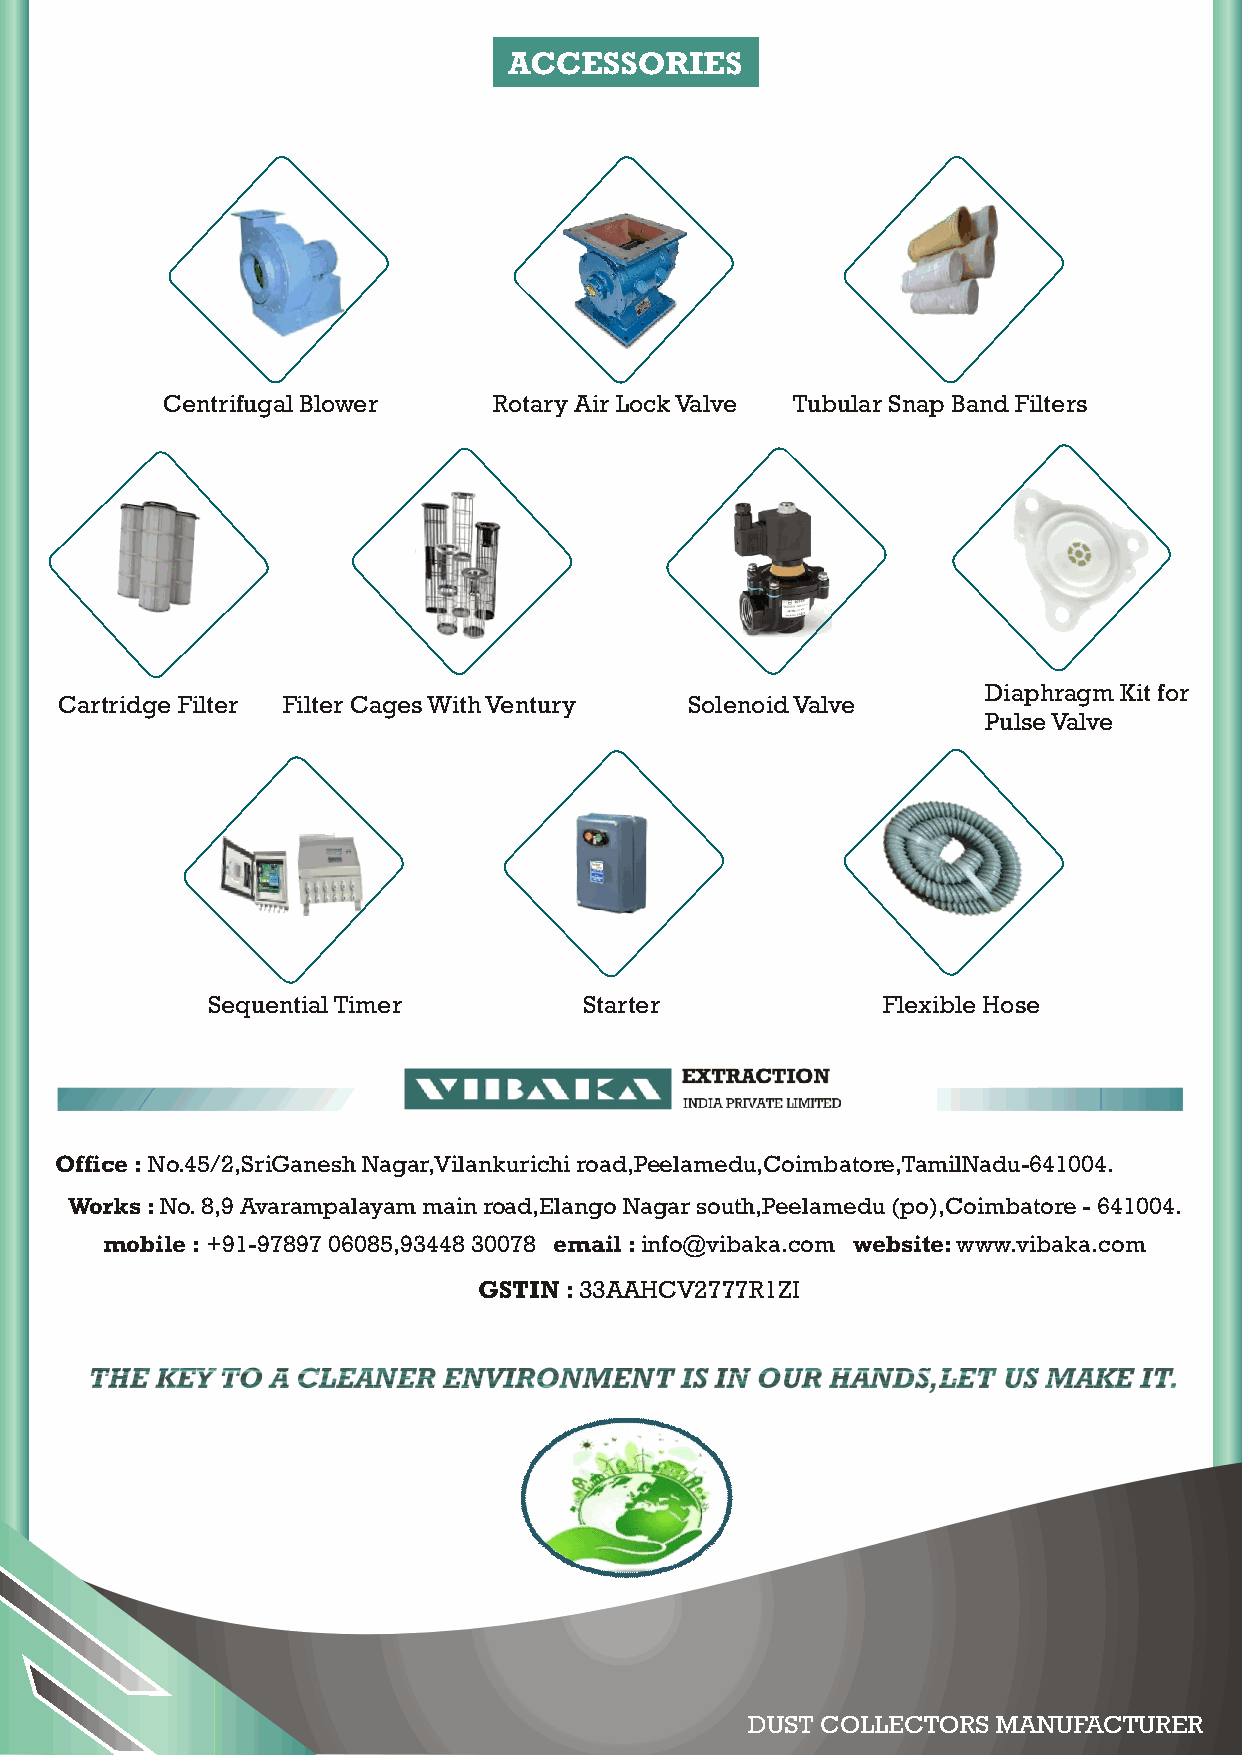
AACCCCEESSSSOORRIIEESS
 Centrifugal Blower    Rotary Air Lock Valve Tubular Snap Band Filters
 Diaphragm Kit for
 Cartridge Filter Filter Cages With Ventury Solenoid Valve
 Pulse Valve
 Sequential Timer         Starter            Flexible Hose
 Office : No.45/2,SriGanesh Nagar,Vilankurichi road,Peelamedu,Coimbatore,TamilNadu-641004.
 Works : No. 8,9 Avarampalayam main road,Elango Nagar south,Peelamedu (po),Coimbatore - 641004.
 mobile : +91-97897 06085,93448 30078 email : info@vibaka.com website: www.vibaka.com
 GSTIN : 33AAHCV2777R1ZI
 DDUUSSTT CCOOLLLLEECCTTOORRSS MMAANNUUFFAACCTTUURREERR
 05